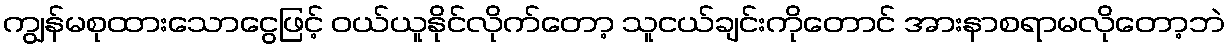
ကျွန်မစုထားသောငွေဖြင့် ဝယ်ယူနိုင်လိုက်တော့ သူငယ်ချင်းကိုတောင် အားနာစရာမလိုတော့ဘဲ